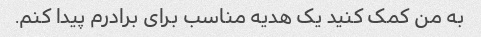
به من کمک کنید یک هدیه مناسب برای برادرم پیدا کنم.